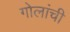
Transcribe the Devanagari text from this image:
गोलांची